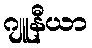
ဂျူနီယာ